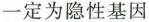
一定为隐性基因